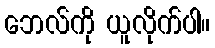
ဘေလ်ကို ယူလိုက်ပါ။